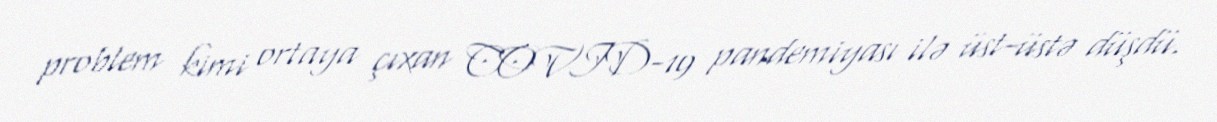
problem kimi ortaya çıxan COVID-19 pandemiyası ilə üst-üstə düşdü.